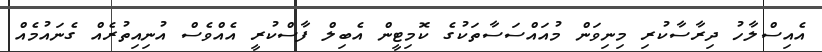
އެއިސްލާހު ދިރާސާކުރި މިނިވަން މުއައްސަސާތަކުގެ ކޮމިޓީން އެބިލް ފާސްކުރީ އެއްވެސް އުނިއިތުރެއް ގެނައުމެއް